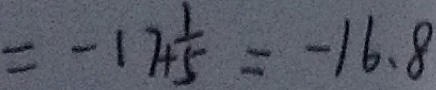
= - 1 7 + \frac { 1 } { 5 } = - 1 6 . 8